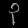
Digit: ၃